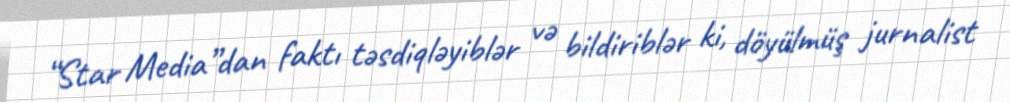
“Star Media”dan faktı təsdiqləyiblər və bildiriblər ki, döyülmüş jurnalist